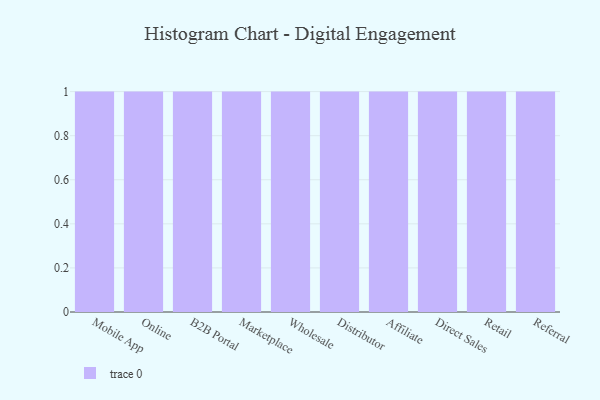
{"axis": {"x": "Channel", "y": "Website Visitors"}, "legend": [""], "data": [{"x": "Mobile App", "y": 46, "type": ""}, {"x": "Online", "y": 25, "type": ""}, {"x": "B2B Portal", "y": 97, "type": ""}, {"x": "Marketplace", "y": 53, "type": ""}, {"x": "Wholesale", "y": 69, "type": ""}, {"x": "Distributor", "y": 21, "type": ""}, {"x": "Affiliate", "y": 68, "type": ""}, {"x": "Direct Sales", "y": 8, "type": ""}, {"x": "Retail", "y": 68, "type": ""}, {"x": "Referral", "y": 45, "type": ""}]}